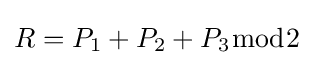
R=P_{1}+P_{2}+P_{3}{\bmod {2}}